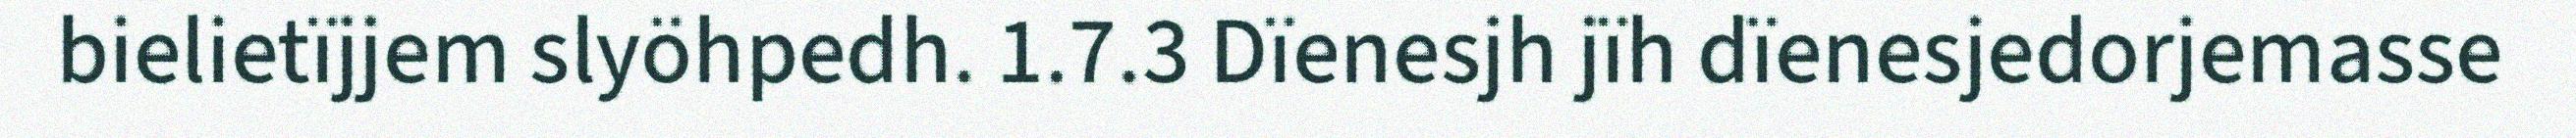
bielietïjjem slyöhpedh. 1.7.3 Dïenesjh jïh dïenesjedorjemasse